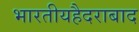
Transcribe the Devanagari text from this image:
भारतीयहैदराबाद